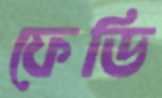
ফেডি